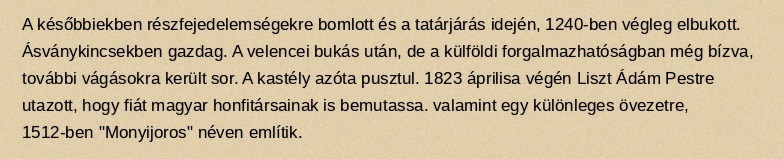
A későbbiekben részfejedelemségekre bomlott és a tatárjárás idején, 1240-ben végleg elbukott. Ásványkincsekben gazdag. A velencei bukás után, de a külföldi forgalmazhatóságban még bízva, további vágásokra került sor. A kastély azóta pusztul. 1823 áprilisa végén Liszt Ádám Pestre utazott, hogy fiát magyar honfitársainak is bemutassa. valamint egy különleges övezetre, 1512-ben "Monyijoros" néven említik.